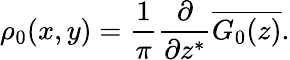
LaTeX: \rho_{0}(x,y)=\frac{1}{\pi}\frac{\partial}{\partial z^{\ast}}\overline{{G_{0}(z)}}.